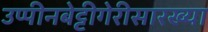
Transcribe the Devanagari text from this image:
उप्पीनबेट्टीगेरीसारख्या